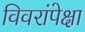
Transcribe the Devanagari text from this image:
विवरांपेक्षा